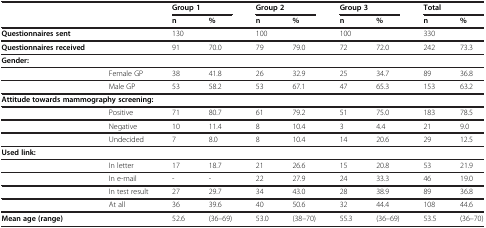
<table><thead><tr><td colspan="2"><b> </b></td><td colspan="2"><b>Group 1</b></td><td colspan="2"><b>Group 2</b></td><td colspan="2"><b>Group 3</b></td><td colspan="2"><b>Total</b></td></tr><tr><td><b> </b></td><td><b> </b></td><td><b>n</b></td><td><b>%</b></td><td><b>n</b></td><td><b>%</b></td><td><b>n</b></td><td><b>%</b></td><td><b>n</b></td><td><b>%</b></td></tr></thead><tbody><tr><td><b>Questionnaires sent</b></td><td> </td><td>130</td><td> </td><td>100</td><td> </td><td>100</td><td> </td><td>330</td><td> </td></tr><tr><td><b>Questionnaires received</b></td><td> </td><td>91</td><td>70.0</td><td>79</td><td>79.0</td><td>72</td><td>72.0</td><td>242</td><td>73.3</td></tr><tr><td colspan="10"><b>Gender:</b></td></tr><tr><td> </td><td>Female GP</td><td>38</td><td>41.8</td><td>26</td><td>32.9</td><td>25</td><td>34.7</td><td>89</td><td>36.8</td></tr><tr><td> </td><td>Male GP</td><td>53</td><td>58.2</td><td>53</td><td>67.1</td><td>47</td><td>65.3</td><td>153</td><td>63.2</td></tr><tr><td colspan="10"><b>Attitude towards mammography screening:</b></td></tr><tr><td> </td><td>Positive</td><td>71</td><td>80.7</td><td>61</td><td>79.2</td><td>51</td><td>75.0</td><td>183</td><td>78.5</td></tr><tr><td> </td><td>Negative</td><td>10</td><td>11.4</td><td>8</td><td>10.4</td><td>3</td><td>4.4</td><td>21</td><td>9.0</td></tr><tr><td> </td><td>Undecided</td><td>7</td><td>8.0</td><td>8</td><td>10.4</td><td>14</td><td>20.6</td><td>29</td><td>12.5</td></tr><tr><td colspan="10"><b>Used link:</b></td></tr><tr><td> </td><td>In letter</td><td>17</td><td>18.7</td><td>21</td><td>26.6</td><td>15</td><td>20.8</td><td>53</td><td>21.9</td></tr><tr><td> </td><td>In e-mail</td><td>-</td><td>-</td><td>22</td><td>27.9</td><td>24</td><td>33.3</td><td>46</td><td>19.0</td></tr><tr><td> </td><td>In test result</td><td>27</td><td>29.7</td><td>34</td><td>43.0</td><td>28</td><td>38.9</td><td>89</td><td>36.8</td></tr><tr><td> </td><td>At all</td><td>36</td><td>39.6</td><td>40</td><td>50.6</td><td>32</td><td>44.4</td><td>108</td><td>44.6</td></tr><tr><td><b>Mean age (range)</b></td><td> </td><td>52.6</td><td>(36–69)</td><td>53.0</td><td>(38–70)</td><td>55.3</td><td>(36–69)</td><td>53.5</td><td>(36–70)</td></tr></tbody></table>